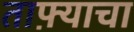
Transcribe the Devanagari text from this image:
ताफ़्याचा